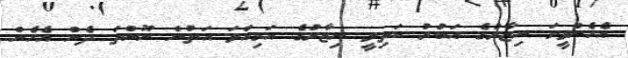
އެހެންވީމަ ނިޒާރުގެ އަބުރު ކަތިލީ ނިޒާރުގެ އަމިއްލަ އަތުން ނޫންތަ ދެން އެހެން